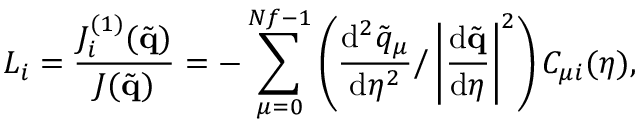
L _ { i } = \frac { J _ { i } ^ { ( 1 ) } ( \tilde { \mathbf { q } } ) } { J ( \tilde { \mathbf { q } } ) } = - \sum _ { \mu = 0 } ^ { N f - 1 } \left( \frac { \mathrm { d } ^ { 2 } \tilde { q } _ { \mu } } { \mathrm { d } \eta ^ { 2 } } \Bigg / \left| \frac { \mathrm { d } \tilde { \mathbf { q } } } { \mathrm { d } \eta } \right| ^ { 2 } \right) C _ { \mu i } ( \eta ) ,